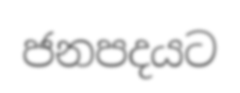
ජනපදයට